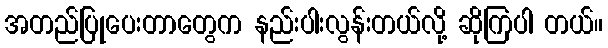
အတည်ပြုပေးတာတွေက နည်းပါးလွန်းတယ်လို့ ဆိုကြပါ တယ်။